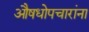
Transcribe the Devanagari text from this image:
औषधोपचारांना